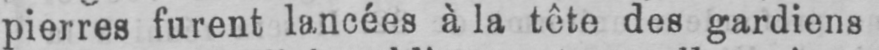
pierres furent lancées à la tête des gardiens